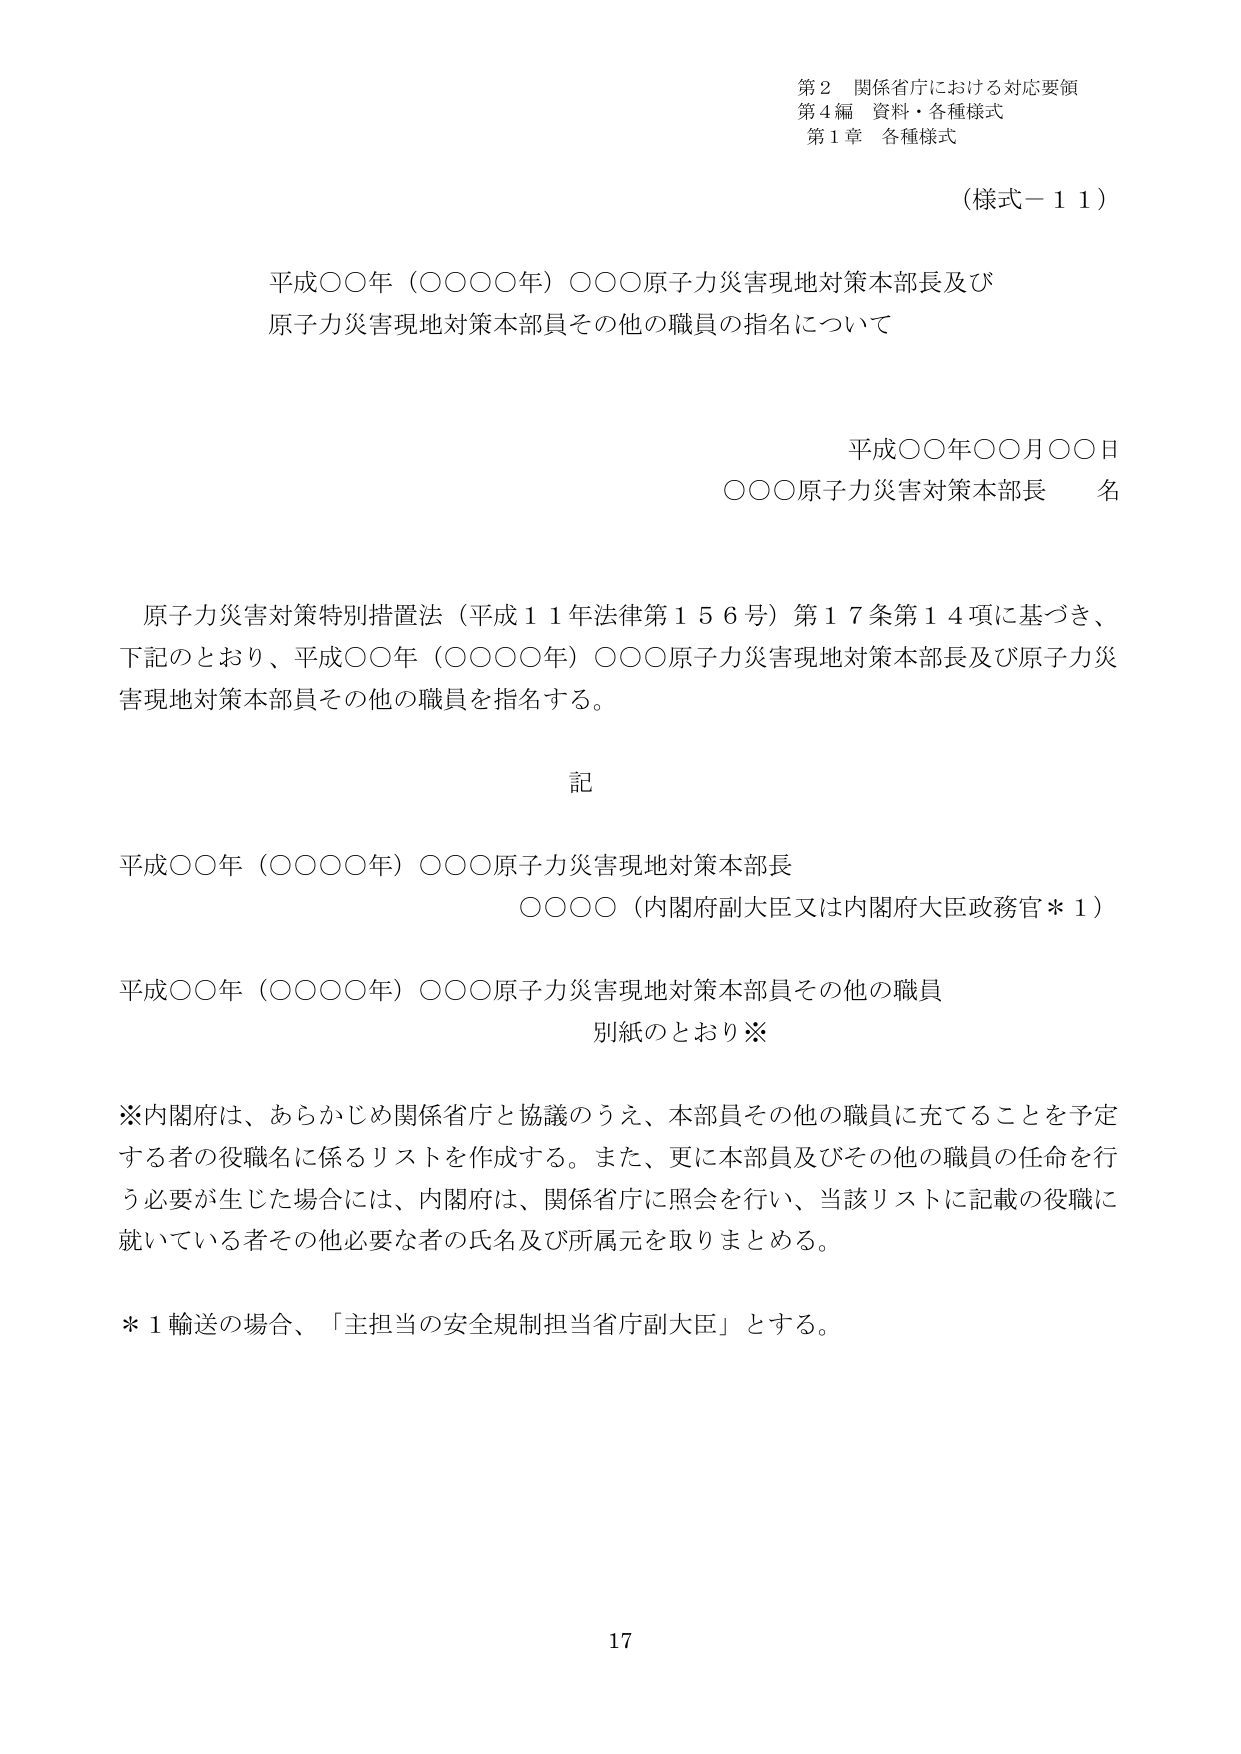
第２ 関係省庁における対応要領
第４編 資料・各種様式
第１章 各種様式

（様式－１１）

平成〇〇年（〇〇〇〇年）〇〇〇原子力災害現地対策本部長及び
原子力災害現地対策本部員その他の職員の指名について

平成〇〇年〇〇月〇〇日
〇〇〇原子力災害対策本部長 名

原子力災害対策特別措置法（平成１１年法律第１５６号）第１７条第１４項に基づき、
下記のとおり、平成〇〇年（〇〇〇〇年）〇〇〇原子力災害現地対策本部長及び原子力災
害現地対策本部員その他の職員を指名する。

記

平成〇〇年（〇〇〇〇年）〇〇〇原子力災害現地対策本部長
〇〇〇〇（内閣府副大臣又は内閣府大臣政務官＊１）

平成〇〇年（〇〇〇〇年）〇〇〇原子力災害現地対策本部員その他の職員
別紙のとおり※

※内閣府は、あらかじめ関係省庁と協議のうえ、本部員その他の職員に充てることを予定
する者の役職名に係るリストを作成する。また、更に本部員及びその他の職員の任命を行
う必要が生じた場合には、内閣府は、関係省庁に照会を行い、当該リストに記載の役職に
就いている者その他必要な者の氏名及び所属元を取りまとめる。

＊１輸送の場合、「主担当の安全規制担当省庁副大臣」とする。

17